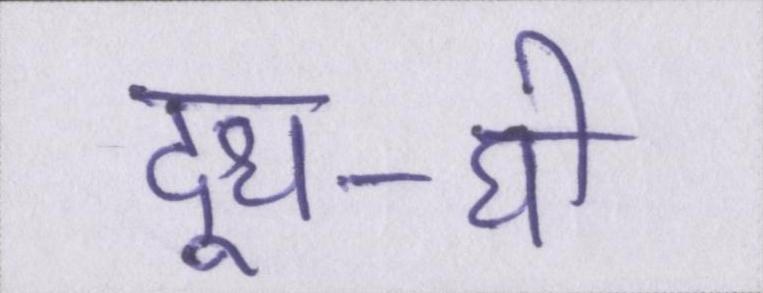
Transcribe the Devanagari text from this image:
दूध-घी